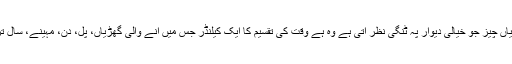
اس میں سب سے نمایاں چیز جو خیالی دیوار پہ ٹنگی نظر آتی ہے وہ ہے وقت کی تقسیم کا ایک کیلنڈر جس میں آنے والی گھڑیاں، پل، دن، مہینے، سال ترتیب سے ٹنگے ہیں۔